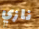
نازي